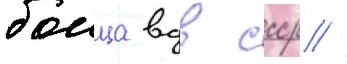
боица вдв ссср //